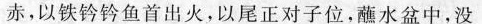
赤，以铁钤钤鱼首出火，以尾正对子位，蘸水盆中，没